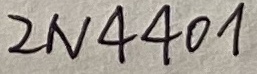
Text: 2N4401